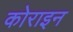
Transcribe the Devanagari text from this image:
कोराइन